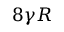
8 \gamma R